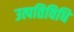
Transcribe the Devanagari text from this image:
उत्पतिविधि